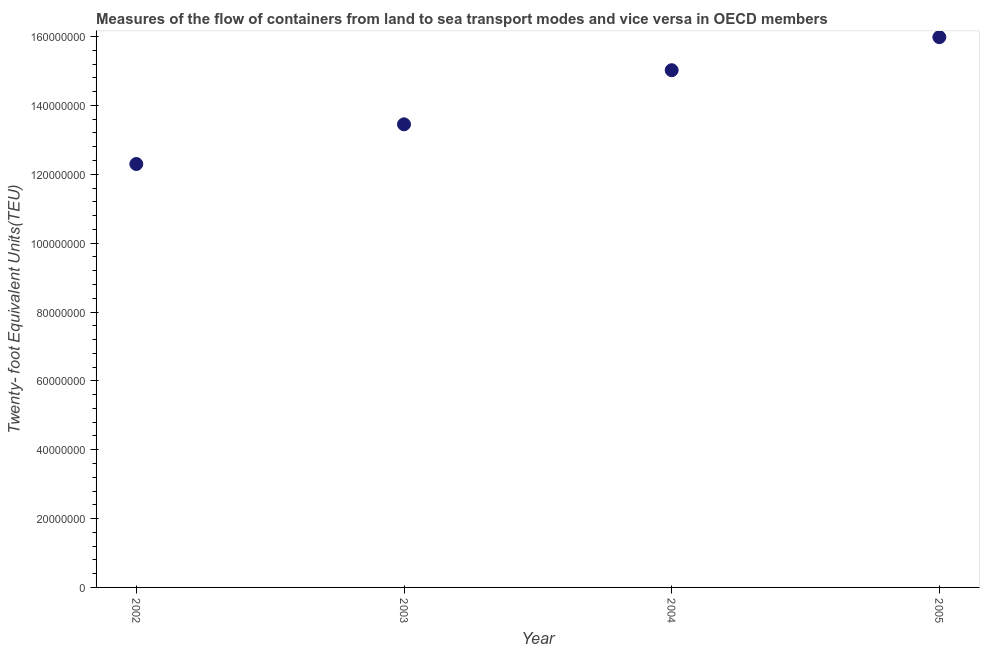
| Year | Container port traffic |
 | --- | --- |
 | 2002 | 1.23e+08 |
 | 2003 | 1.35e+08 |
 | 2004 | 1.5e+08 |
 | 2005 | 1.6e+08 |